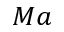
M a